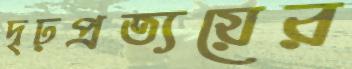
দৃঢ়প্রত্যয়ের